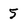
Character: 5